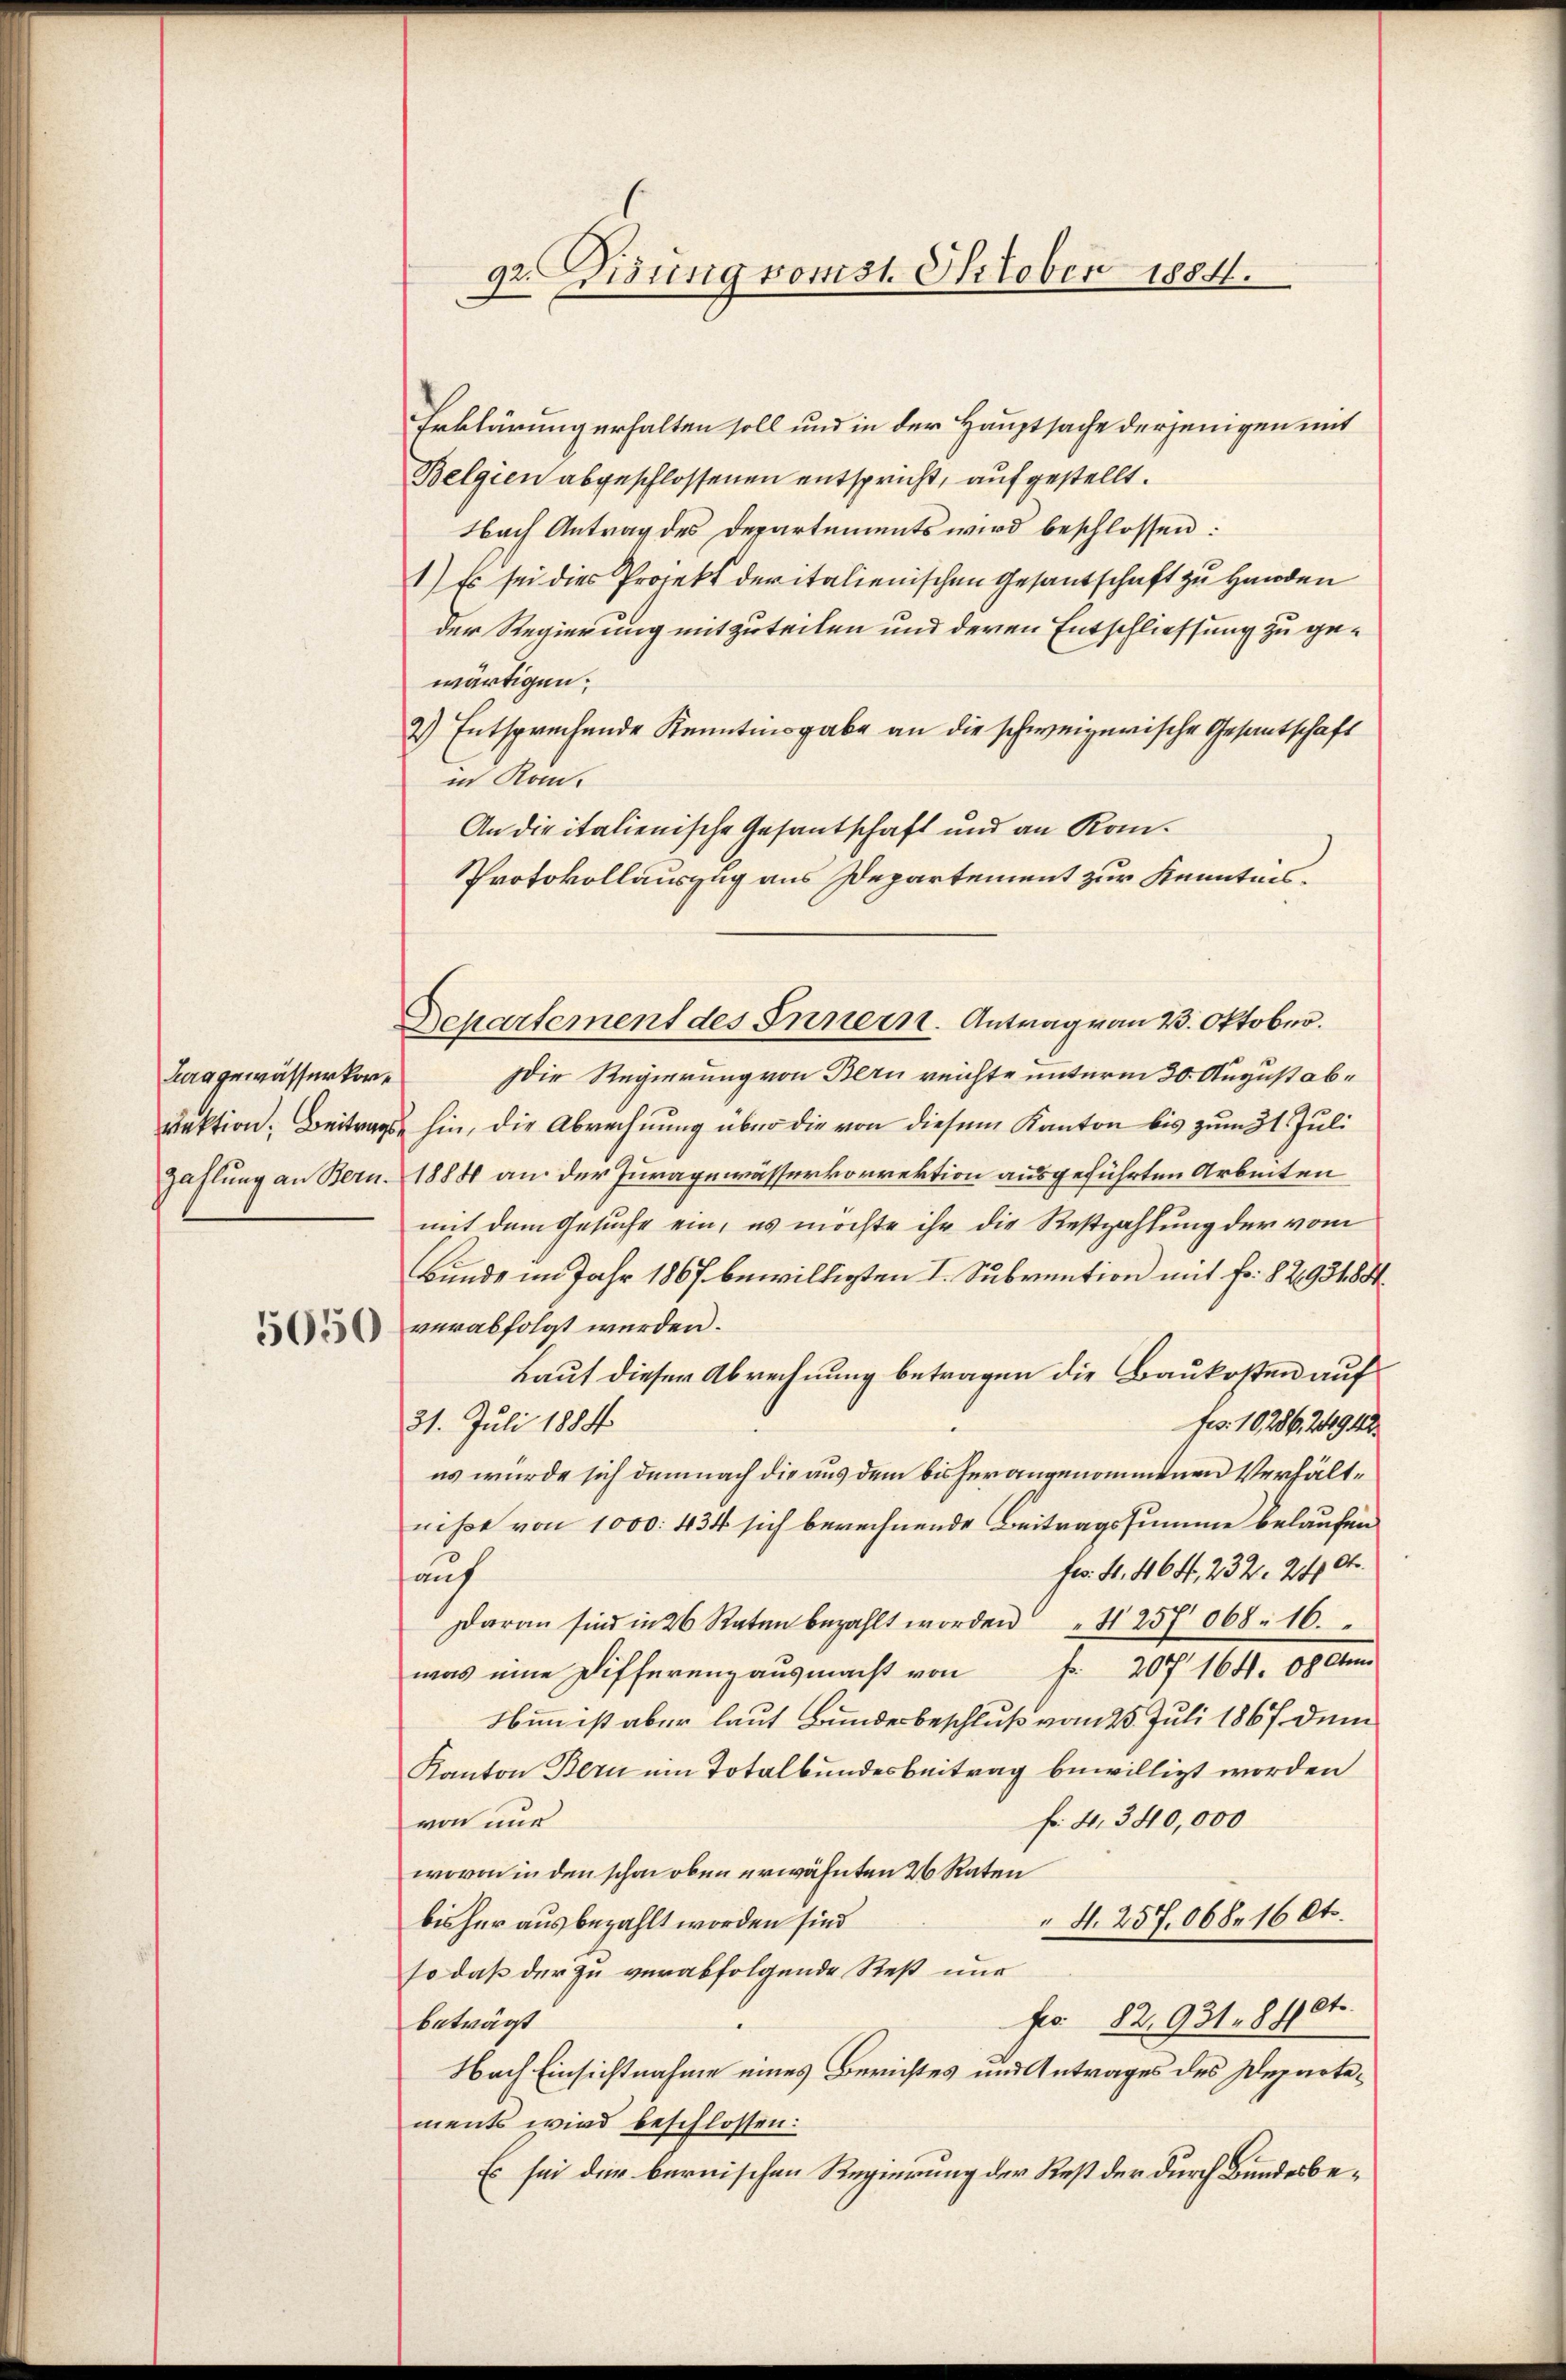
Jura gewässerkor¬

5050

92. Fisung vomst. October 1884.

Erklärung erhalten soll und in der Hauptsache derjenigen mit
Belgien abgeschlossenen entspricht, aufgestellt.
Nach Antrag des Departements wird beschlossen:
1) Es sei dies Projekt deritalienischen Gesantschaft zu Handen
der Regierung mitzuteilen und deren Entschliessung zu gewärtigen.
2) Entsprechende Kenntingabe an die schweizerische Gesantschaft
in Rom.
An die italienische Gesantschaft und an Kom¬
Protokollauszug aus Departement zur Kenntnisie Regierung von Bern reichte unterm 30. August abrektion. Beitrags hin, die Abrechnung über die von diesem Kanton bis zum 31. Juli
Zahlung an Bern. 1884 an der Juragewässerkorrektion ausgeführten Arbeiten
mit dem Gesuche ein, es möchte ihr die Restzahlung der vom
Bunde im Jahr 1867 bewilligten I. Subvention mit fr. 8293184.
verabfolgt werden.
Lauf dieser Abrechnung betragen die Baukosten auf
31. Juli 1884
Frs. 10286, 24942.
es wurde sich demnach die aus dem bis herangenommenen Verhältniße von 1000. 434 sich berechnende Beitragssumme belaufen
F. S. 464, 232. 204.
auf
Daran sind in 26 Raten bezahlt worden " 1257 068. 16.
fr. 207 164. 88 An
was eine Differenz ausmacht von
Nimm ist aber laut Bundesbeschluß vom 25. Juli 1867 dem
Kanton Bern im Totalbundesbeitrag bewilligt worden
f: 4. 340,000
von nur
wovon in den schon oben erwähnten 26 Raten
" N. 257. 068. 16 Ot.
bisher aus bezahlt worden sind
so daß der zu verabfolgende Rest nur
fr. 82,931. 810t.
beträgt
Nach Einsichtnahme eines Berichtes und Antrages des Departements wird beschlossen:
Es sei der bernischen Regierung der Rest der durch Bundesbe¬

Departement des Innern. Antrag von 23. Oktober.